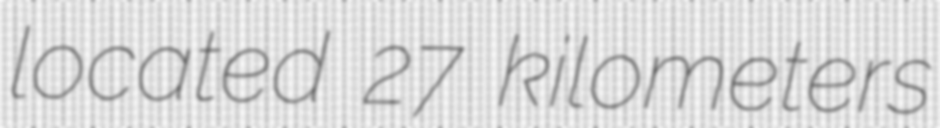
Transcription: located 27 kilometers